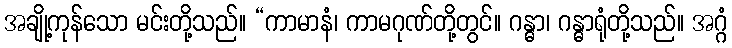
အချို့ကုန်သော မင်းတို့သည်။ “ကာမာနံ၊ ကာမဂုဏ်တို့တွင်။ ဂန္ဓာ၊ ဂန္ဓာရုံတို့သည်။ အဂ္ဂံ